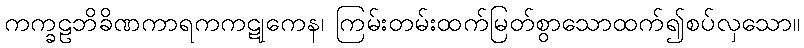
ကက္ခဠဘိခိဏကာရကကဋုကေန၊ ကြမ်းတမ်းထက်မြတ်စွာသောထက်၍စပ်လှသော။